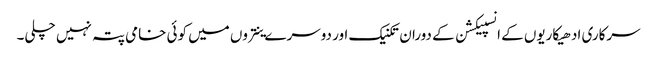
سرکاری ادھیکاریوں کے انسپیکشن کے دوران تکنیک اور دوسرے ینتروں میں کوئی خامی پتہ نہیں چلی۔